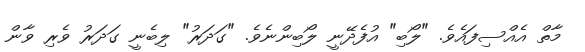
މާތް އެއްސިފައެވެ. "ލޯބި" އުފެދޭނީ ލޯބިންނެވެ. "ގަދަރު" ލިބެނީ ގަދަރު ވެރި ވާން